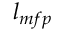
l _ { m f p }